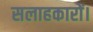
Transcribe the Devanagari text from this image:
सलाहकारों।